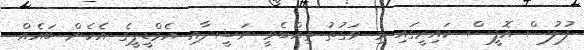
ފުލުސް އޮފީސް ކައިރީގައި މި ވަގުތު ތިއްބެވީ ނަޝީދާއި އެމްޑީޕީގެ އެހެން ބައެއް